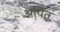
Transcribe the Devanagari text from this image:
अपित